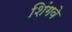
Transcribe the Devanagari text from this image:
शिंगवे